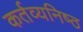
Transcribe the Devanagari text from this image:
कर्तव्‍यनिष्‍ठ